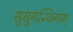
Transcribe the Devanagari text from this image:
सुसुगन्धिनाम्